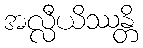
အလ္လီယိဿန္တိ